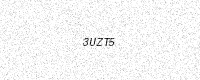
Text: 3UZT5